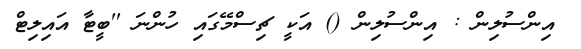
އިންސުލިން : އިންސުލިން () އަކީ ޗިސްމޭގައި ހުންނަ ''ބީޓާ އައިލިޓް